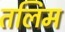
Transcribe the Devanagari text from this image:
तलिम